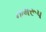
નામરૂપ